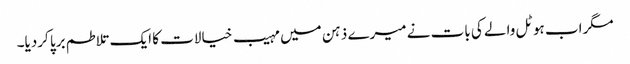
مگراب ہوٹل والے کی بات نے میرے ذہن میں مہیب خیالات کا ایک تلاطم برپا کردیا۔